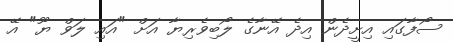
ސޯފާގައި އިށީދެން އިދެ އޭނާގެ ލޯބިވެރިޔާ އަށް "އައި ލަވް ޔޫ" އޭ